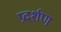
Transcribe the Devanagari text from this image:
प्रदर्शण